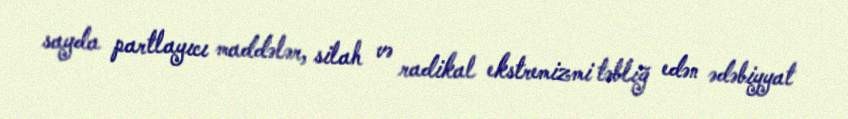
sayda partlayıcı maddələr, silah və radikal ekstremizmi təbliğ edən ədəbiyyat